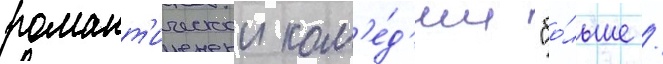
романт'ическои ком'е́д'ии "бо́льше /